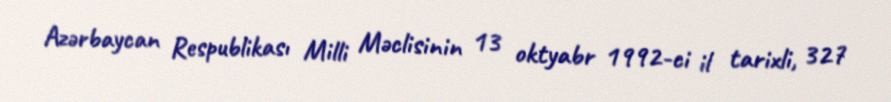
Azərbaycan Respublikası Milli Məclisinin 13 oktyabr 1992-ci il tarixli, 327